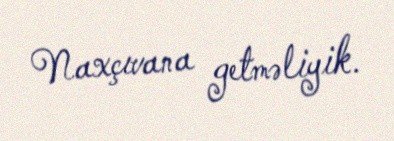
Naxçıvana getməliyik.